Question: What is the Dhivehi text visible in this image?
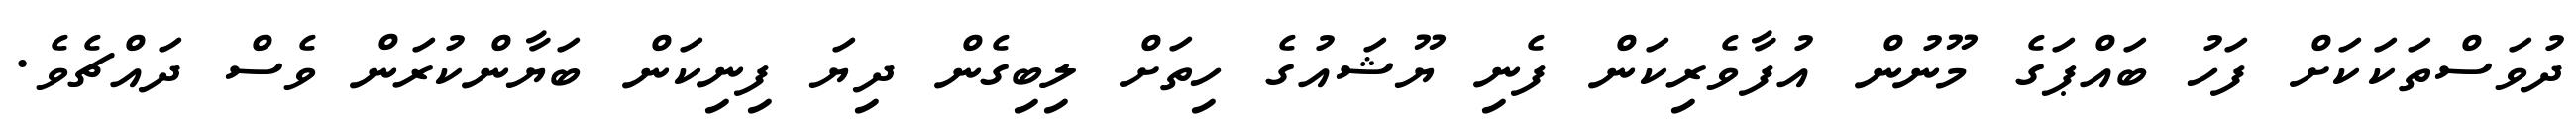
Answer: ދުވަސްތަކަކަށް ފަހު ބައްޕަގެ މޫނުން އުފާވެރިކަން ފެނި ޔޫޝައުގެ ހިތަށް ލިބިގެން ދިޔަ ފިނިކަން ބަޔާންކުރަން ވެސް ދައްޗެވެ.